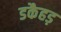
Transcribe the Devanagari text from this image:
डकैहड़